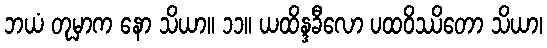
ဘယံ တုမှာက နော သိယာ။ ၁၁။ ယထိန္ဒခီလော ပထဝိဿိတော သိယာ၊